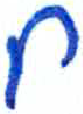
אות: ח